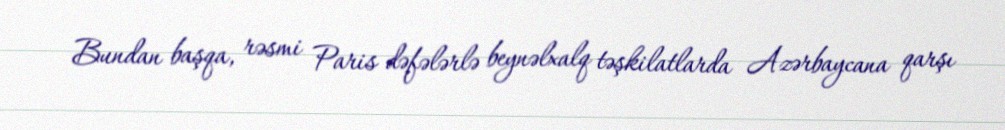
Bundan başqa, rəsmi Paris dəfələrlə beynəlxalq təşkilatlarda Azərbaycana qarşı